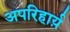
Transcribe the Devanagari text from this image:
अपरिहार्य़